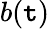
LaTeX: b(\mathtt{t})